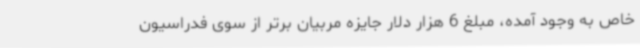
خاص به وجود آمده، مبلغ 6 هزار دلار جایزه مربیان برتر از سوی فدراسیون